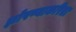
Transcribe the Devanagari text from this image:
झोपण्याकरिता